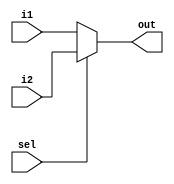
`timescale 1ns/1ps
module mux2to1(out, sel, i1, i2);
input [15:0] i1,i2; 
input sel;
output [15:0] out;
assign out = (sel==0)?i1:i2;
endmodule